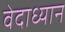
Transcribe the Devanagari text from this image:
वेदाध्यान